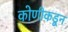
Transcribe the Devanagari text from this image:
कोणीकडून